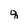
Character: 8